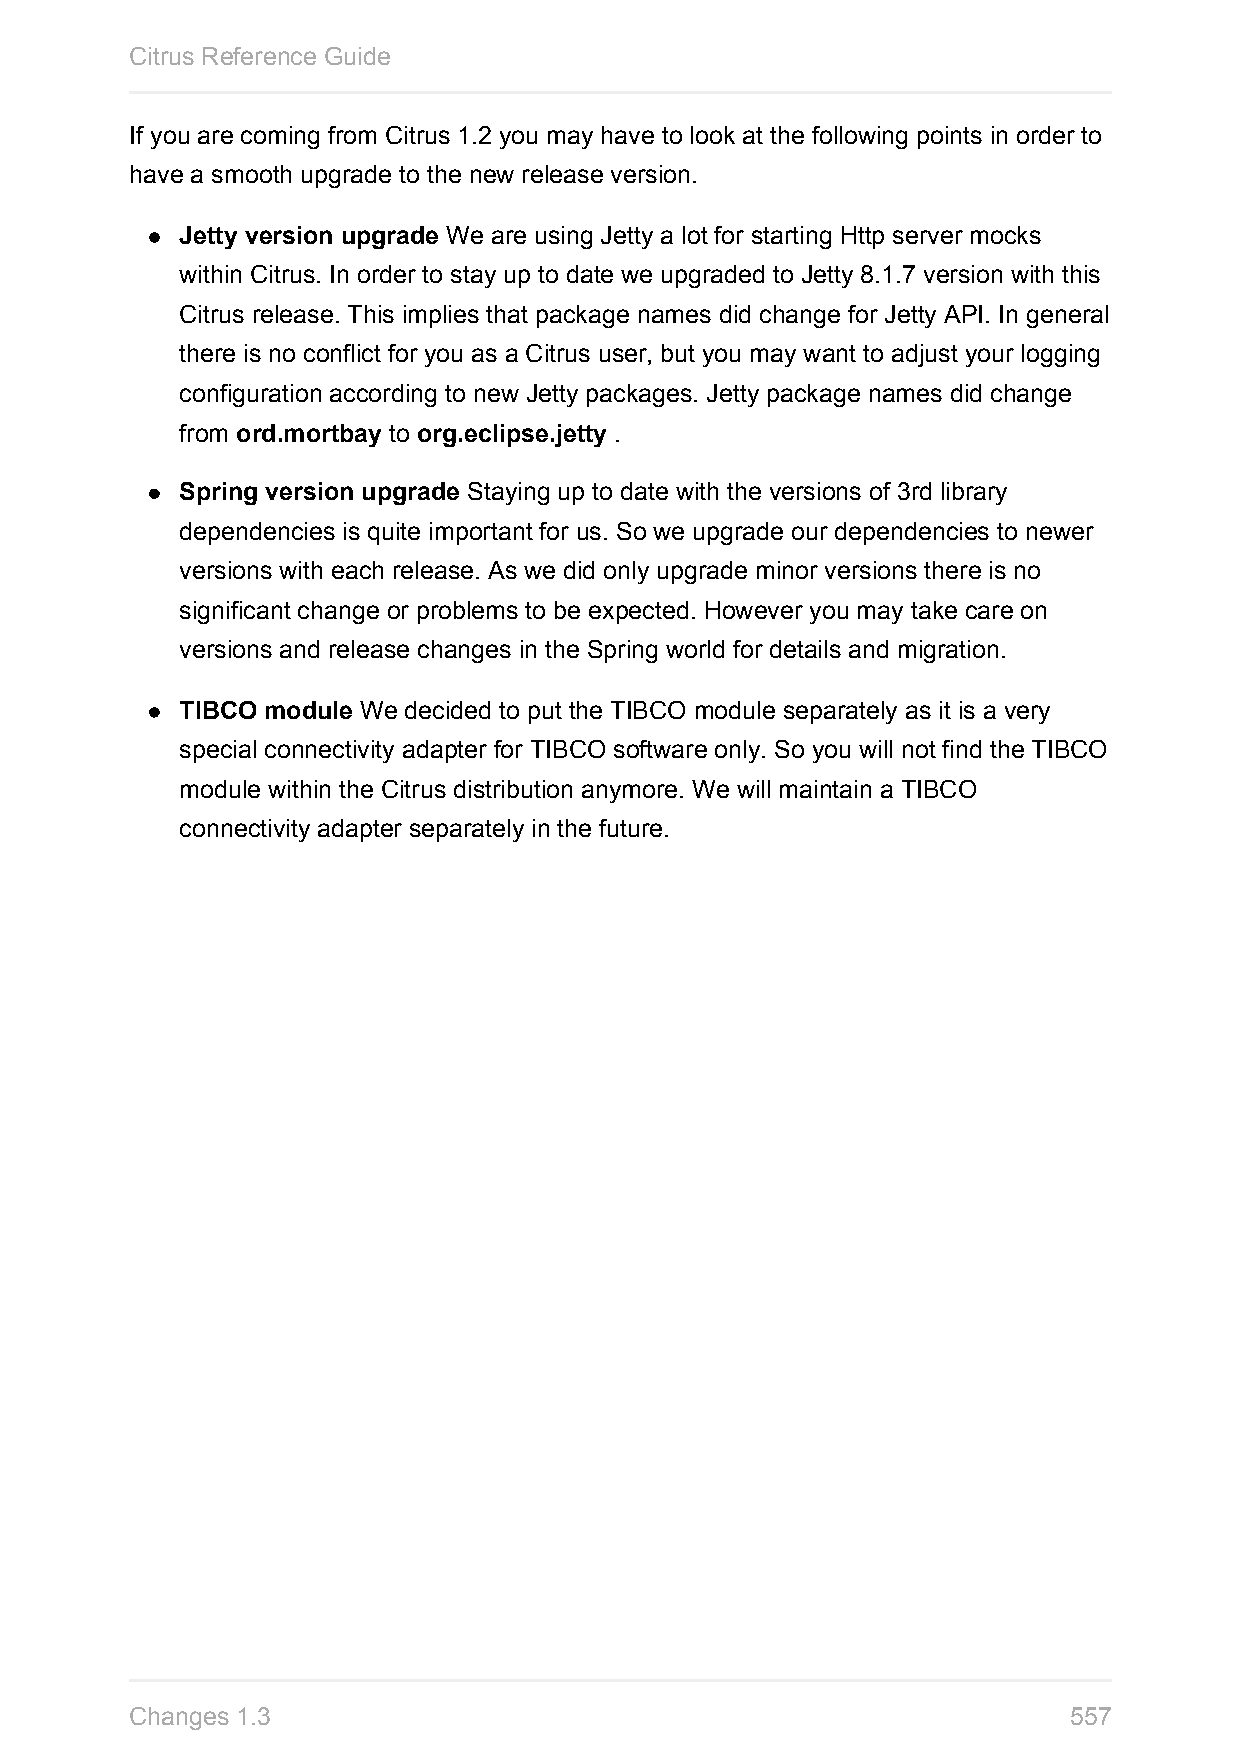
Citrus Reference Guide
 If you are coming from Citrus 1.2 you may have to look at the following points in order to
 have a smooth upgrade to the new release version.
 Jetty version upgrade We are using Jetty a lot for starting Http server mocks
 within Citrus. In order to stay up to date we upgraded to Jetty 8.1.7 version with this
 Citrus release. This implies that package names did change for Jetty API. In general
 there is no conflict for you as a Citrus user, but you may want to adjust your logging
 configuration according to new Jetty packages. Jetty package names did change
 from ord.mortbay to org.eclipse.jetty .
 Spring version upgrade Staying up to date with the versions of 3rd library
 dependencies is quite important for us. So we upgrade our dependencies to newer
 versions with each release. As we did only upgrade minor versions there is no
 significant change or problems to be expected. However you may take care on
 versions and release changes in the Spring world for details and migration.
 TIBCO module We decided to put the TIBCO module separately as it is a very
 special connectivity adapter for TIBCO software only. So you will not find the TIBCO
 module within the Citrus distribution anymore. We will maintain a TIBCO
 connectivity adapter separately in the future.
 Changes 1.3                                                   557